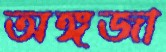
অঙ্গজা